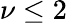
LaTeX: \nu\leq 2